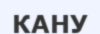
КАНУ